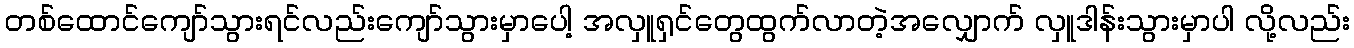
တစ်ထောင်ကျော်သွားရင်လည်းကျော်သွားမှာပေါ့ အလှူရှင်တွေထွက်လာတဲ့အလျှောက် လှူဒါန်းသွားမှာပါ လို့လည်း